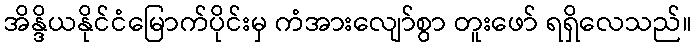
အိန္ဒိယနိုင်ငံမြောက်ပိုင်းမှ ကံအားလျော်စွာ တူးဖော် ရရှိလေသည်။